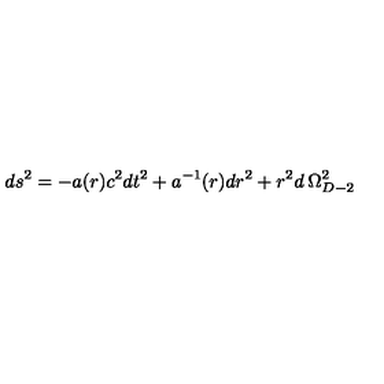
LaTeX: d s ^ { 2 } = - a ( r ) c ^ { 2 } d t ^ { 2 } + a ^ { - 1 } ( r ) d r ^ { 2 } + r ^ { 2 } d \: \Omega _ { D - 2 } ^ { 2 }